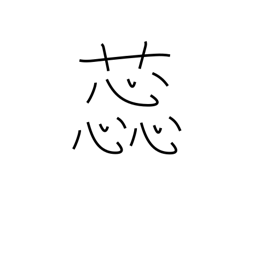
Meaning: stamen